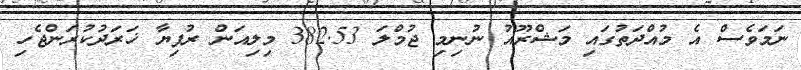
ނަމަވެސް އެ މުއްދަތުގައި މަޝްރޫއު ނުނިމި ޖުމްލަ 382.53 މިލިއަން ރުފިޔާ ޚަރަދުކުރަންޖެހި